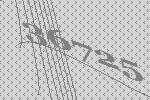
36725